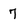
Character: 7